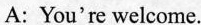
A: You're welcome.